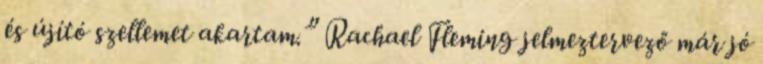
és újító szellemet akartam.” Rachael Fleming jelmeztervező már jó